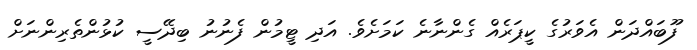
ފޫބައްދަން އެވަރުގެ ކީޕަރެއް ގެންނާނެ ކަމަށެވެ. އަދި ޓީމުން ފެނުނު ބިދޭސީ ކުޅުންތެރިންނަށް